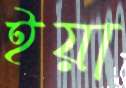
ইয়া